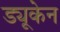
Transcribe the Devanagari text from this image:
ड्यूकेन